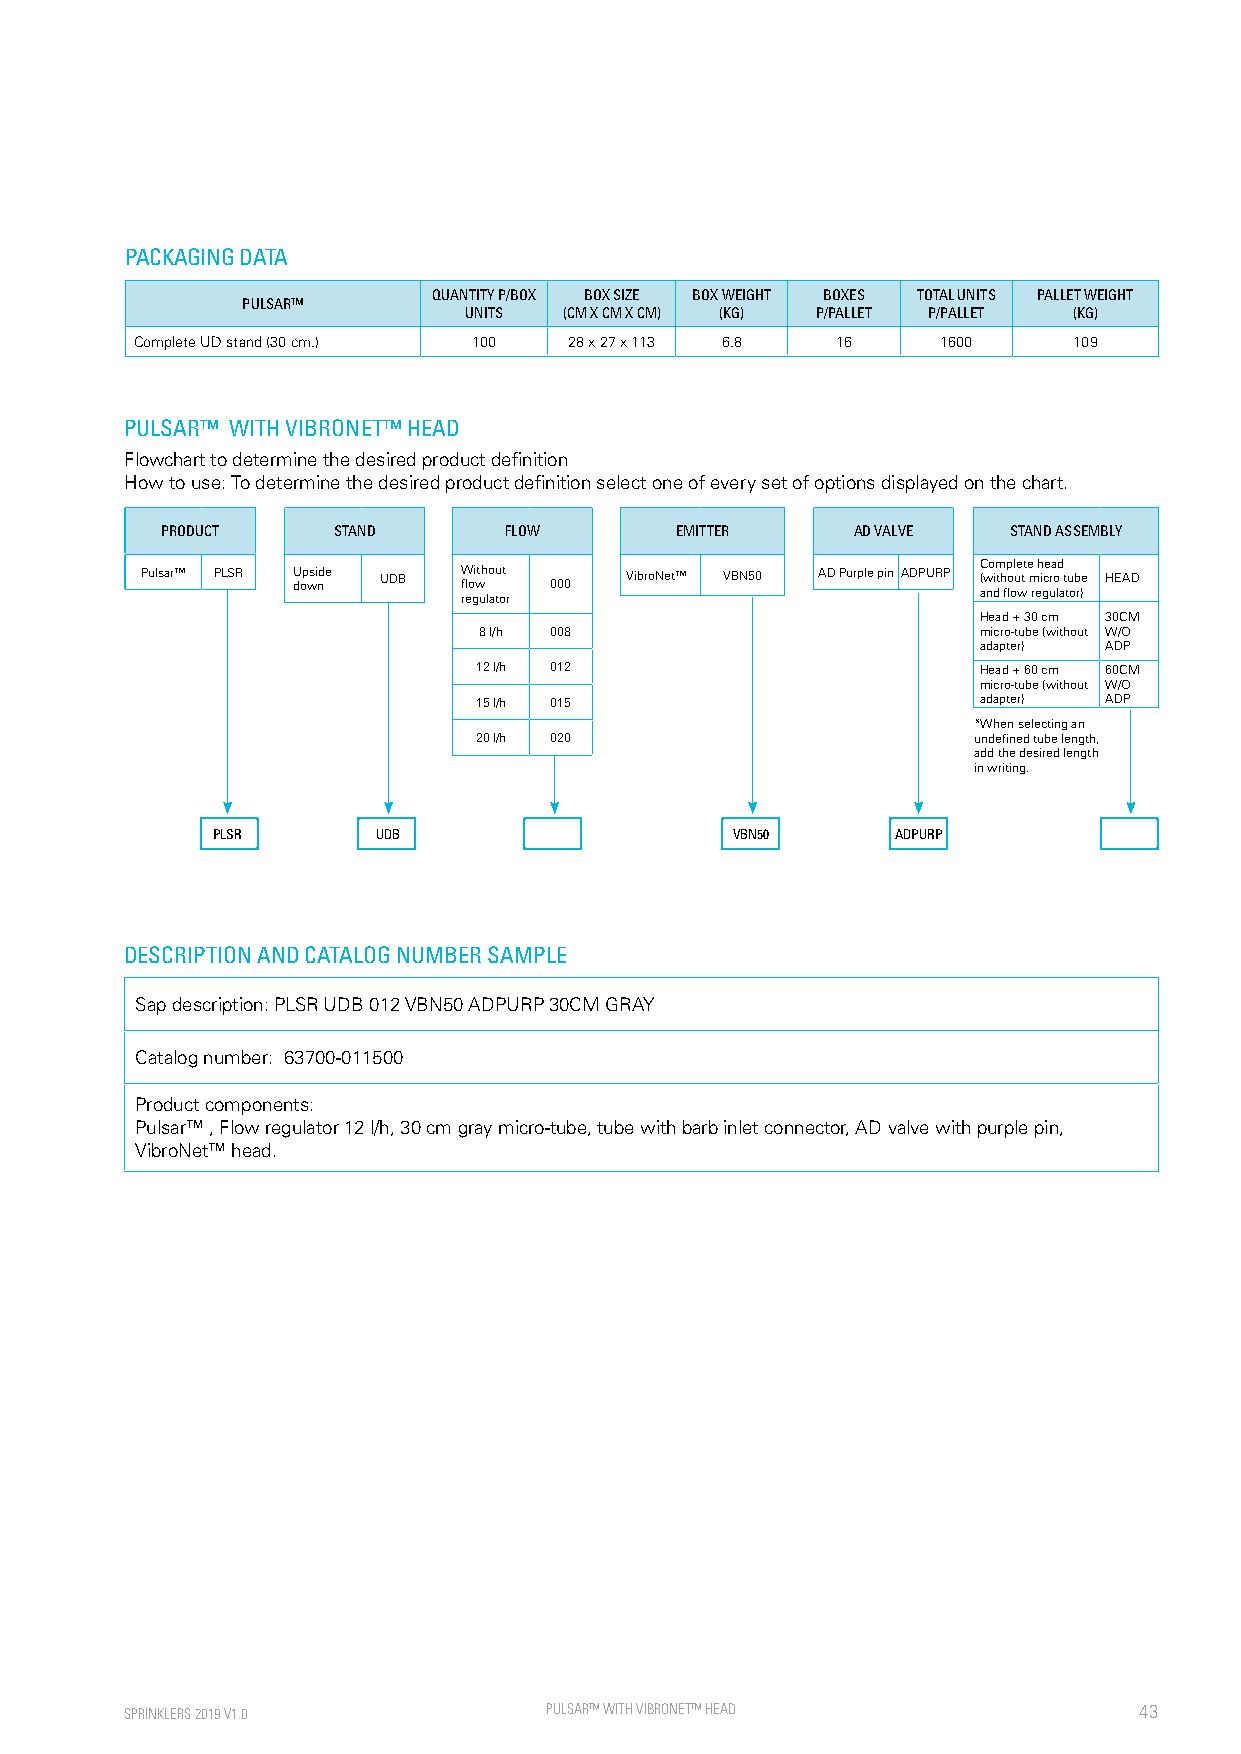
PACKAGING DATA
 QUANTITY P/BOX BOX SIZE BOX WEIGHT BOXES TOTAL UNITS PALLET WEIGHT
 PULSAR™
 UNITS (CM X CM X CM) (KG) P/PALLET P/PALLET (KG)
 Complete UD stand (30 cm.) 100 28 x 27 x 113 6.8 16  1600     109
 PULSAR™ WITH VIBRONET™ HEAD
 Flowchart to determine the desired product definition
 How to use: To determine the desired product definition select one of every set of options displayed on the chart.
 PRODUCT    STAND      FLOW        EMITTER    AD VALVE   STAND ASSEMBLY
 Pulsar™ PLSR U dop wsi nde UDB W floi wth out 000 VibroNet™ VBN50 AD Purple pin ADPURP C (wo im thp ol ue tt e m h ice ra od t ube HEAD
 regulator                          and flow regulator)
 Head + 30 cm 30CM
 8 l/h 008                        micro-tube (without W/O
 adapter) ADP
 12 l/h 012                        Head + 60 cm 60CM
 micro-tube (without W/O
 15 l/h 015                        adapter) ADP
 *When selecting an
 20 l/h 020                       undefined tube length,
 add the desired length
 in writing.
 PLSR       UDB                    VBN50      ADPURP
 DESCRIPTION AND CATALOG NUMBER SAMPLE
 Sap description: PLSR UDB 012 VBN50 ADPURP 30CM GRAY
 Catalog number: 63700-011500
 Product components:
 Pulsar™ , Flow regulator 12 l/h, 30 cm gray micro-tube, tube with barb inlet connector, AD valve with purple pin,
 VibroNet™ head.
 SPRINKLERS 2019 V1.0        PULSAR™ WITH V IBRONET™ HEAD           43